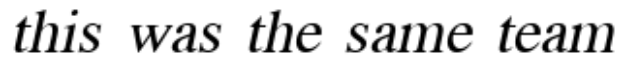
this was the same team